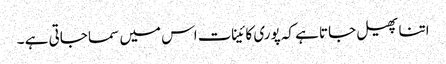
اتنا پھیل جاتا ہے کہ پوری کائینات اس میں سما جاتی ہے ۔